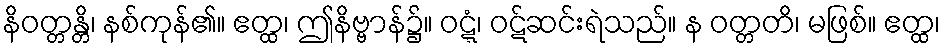
နိဝတ္တန္တိ၊ နစ်ကုန်၏။ ဧတ္ထ၊ ဤနိဗ္ဗာန်၌။ ဝဋ္ဋံ၊ ဝဋ်ဆင်းရဲသည်။ န ဝတ္တတိ၊ မဖြစ်။ ဧတ္ထ၊